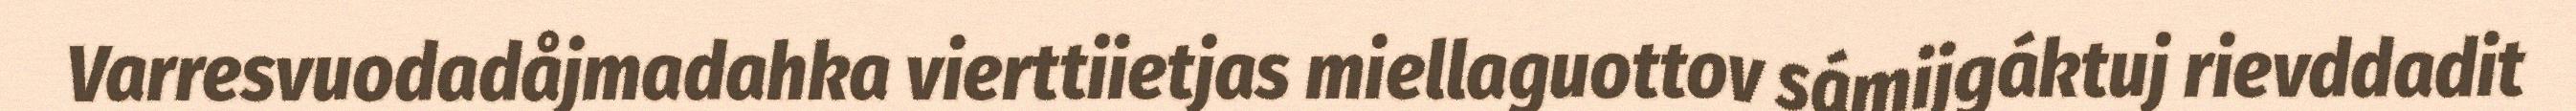
Varresvuodadåjmadahka vierttiietjas miellaguottov sámijgáktuj rievddadit